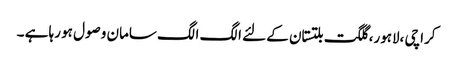
کراچی ،لاہور، گلگت بلتستان کے لئے الگ الگ سامان وصول ہو رہا ہے ۔